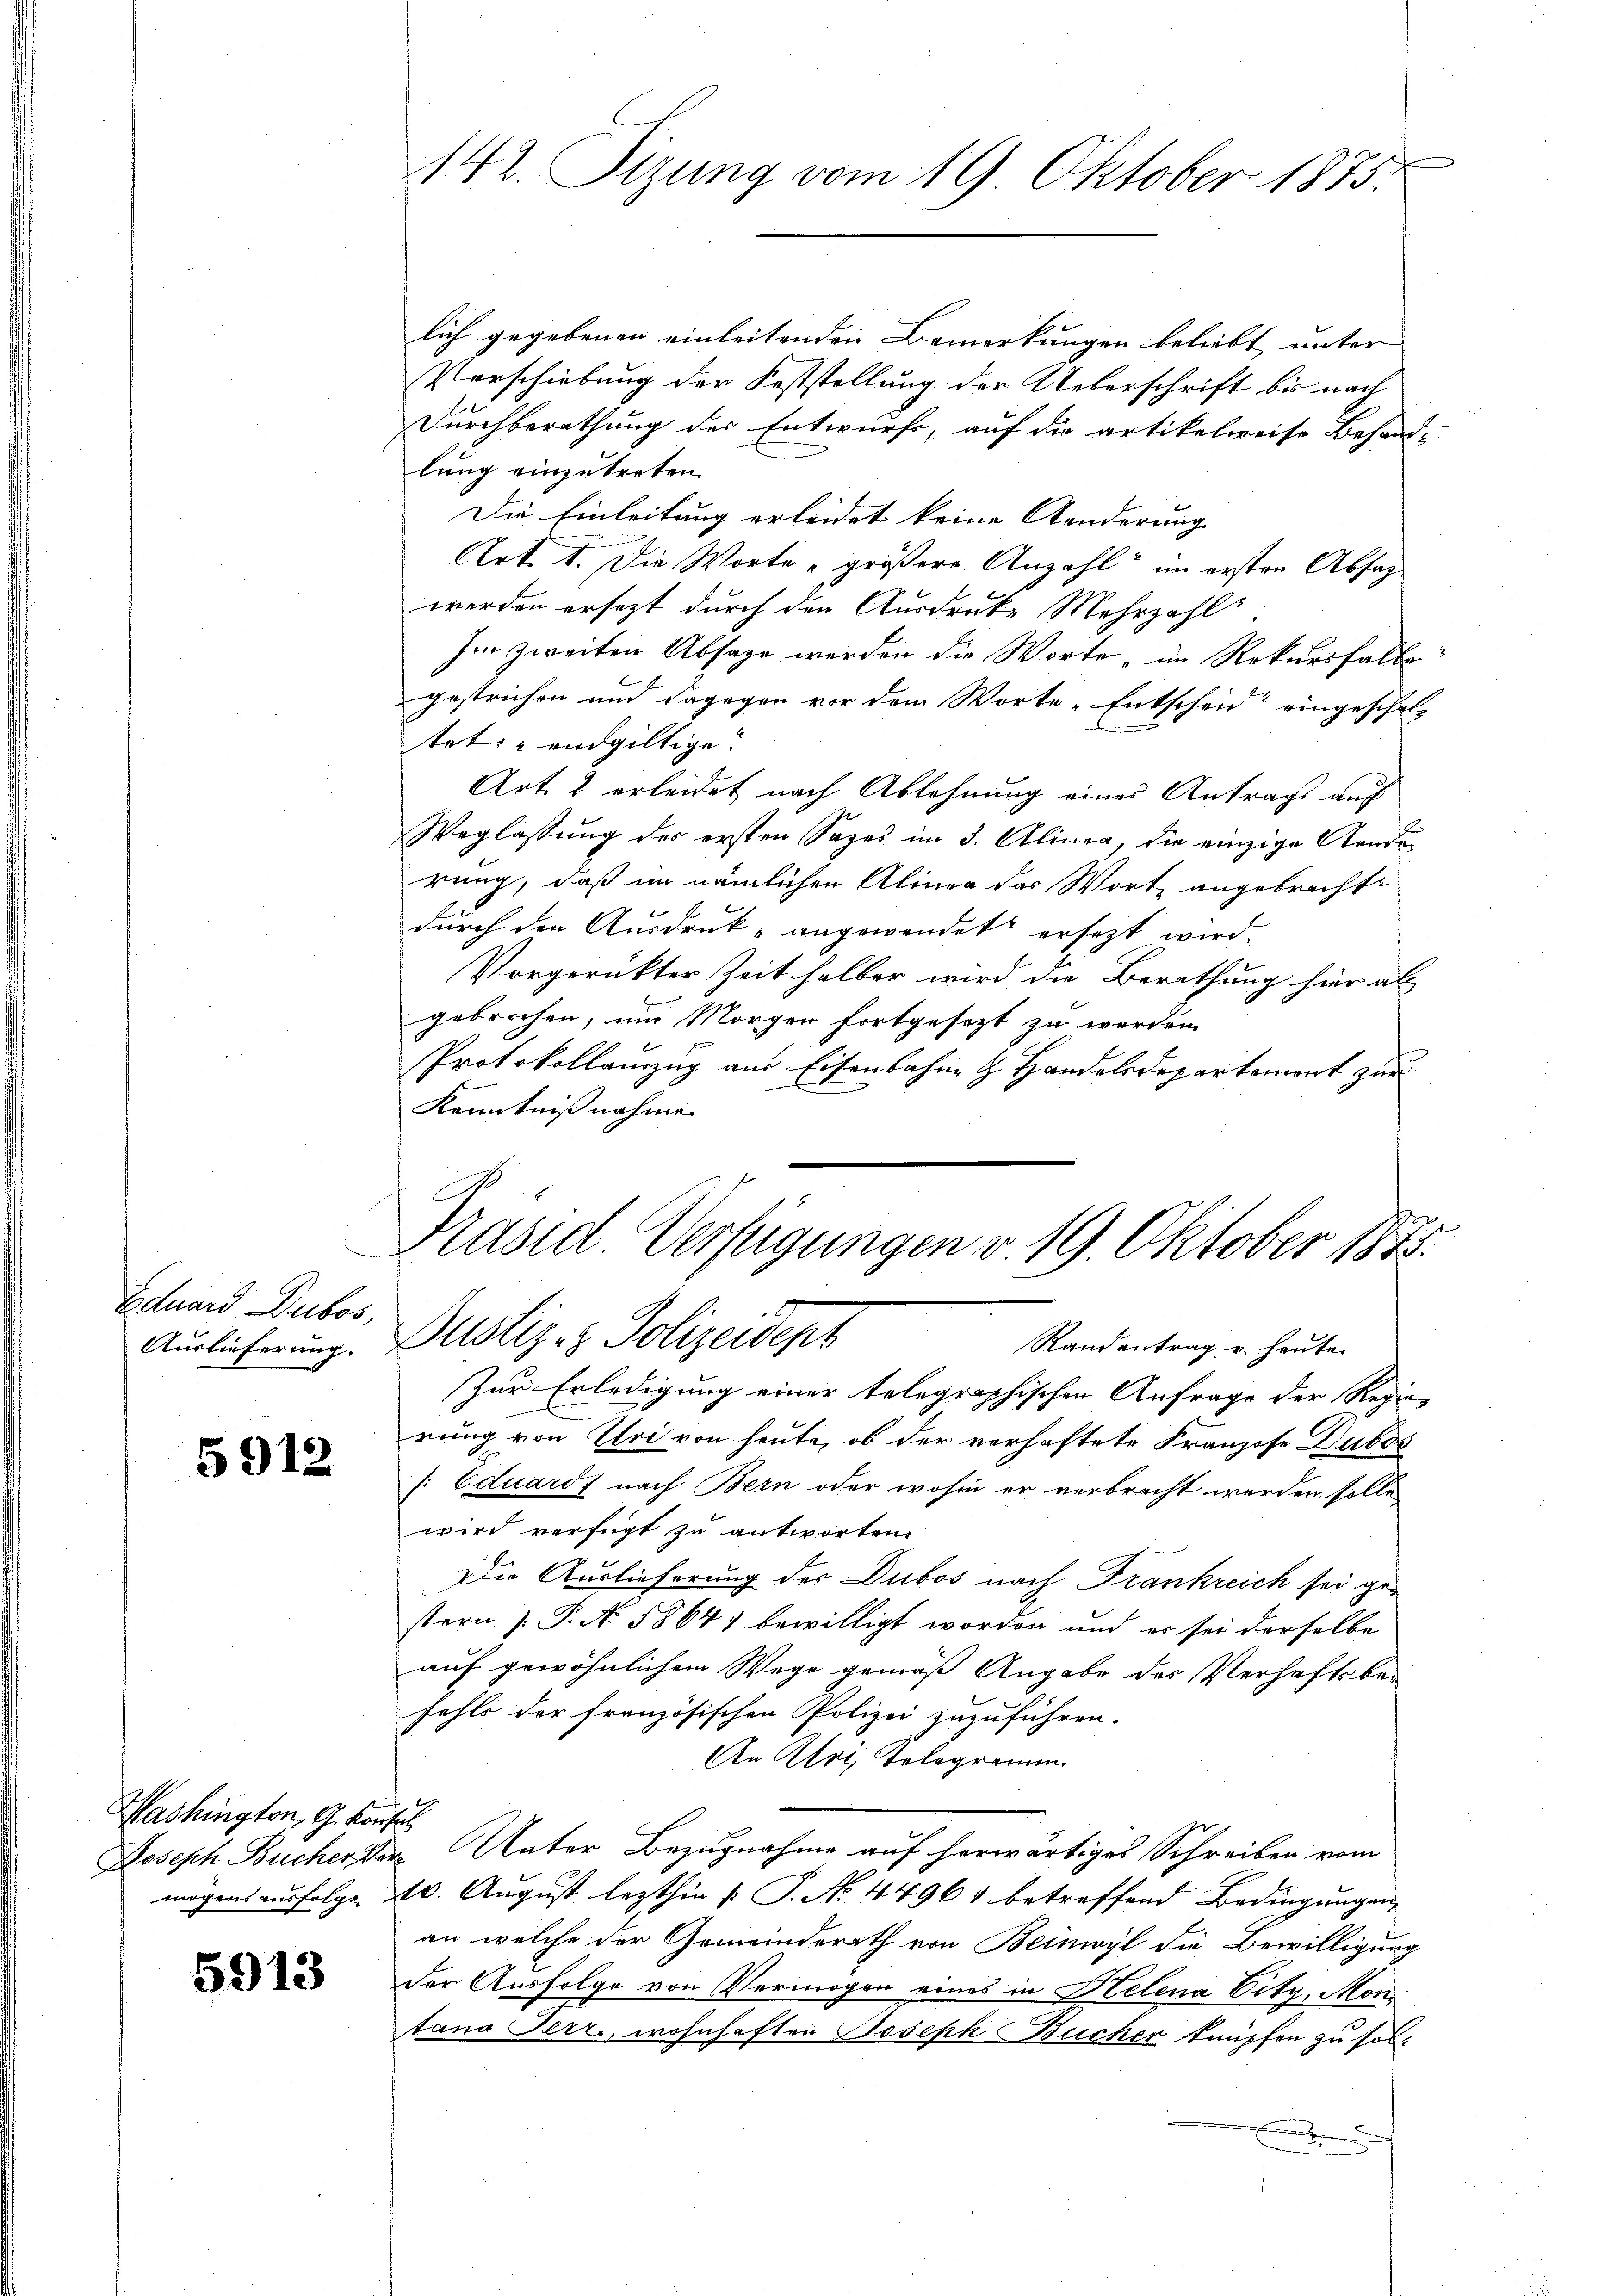
Eduard Dubos,
Auslieferung.

5912

Washington, G. Konsul
Joseph Bucher Ver

5913

142. Sizung vom 19. Oktober 1875.

lich gegebenen einleitenden Bemerkungen beliebt unter
Verschiebung der Feststellung der Ueberschrift bis nach
Durchberathung der Entwurfs, auf die artikelweise Behand-
lung einzutreten.
Die Einleitung erleidet keine Aenderung
Art 1. Die Worte „größere Anzahl im ersten Absag
werden ersezt durch den Ausdrucke Mehrzahl
hin zweiten Absage werden die Worte, im Rekurshalbe
gestrichen und dagegen vor dem Worte Entscheid eingeschei- |
tet & endgültige.
Art. 2 erleidet nach Ablehnung eines Antrags auf
Weglassung des ersten Sages im 3. Alinea, die einzige Stande
rung, daß im nämlichen Alinea das Wort angebrachte
durch den Ausdruck angewendet ersezt wird,
Vorgerückter Zeit halber wird die Berathung hier als
gebrochen, um Morgen fortgesezt zu werden.
Protokollauszug aus Eisenbahn & Handelsdepartemont zur
Kenntniß nahmen
-
Präsid. Verfügungen v. 19. Oktober 184
Pustiz- & Polizeident
Randantrag u. heute.
Zur Erledigung einer telegraphischen Anfrage der Regie-
rung von Uri von heute, ob der verhaftete Franzose Dubos
s: Eduardt nach Bern oder wohin er verbracht werden solle
wird verfügt zu antworten.
Die Auslieferung der Dubos nach Frankreich sei gestern P. No 5864) bewilligt worden und es sei derselbe
auf gewöhnlichem Wege gemäß Angabe des Verhaftsbe-
fahls der französischen Polizei zuzuführen.
An Uri, Telegramm.
 Unter Bezugnahme auf herwärtiges Schreiben vom
mögens ausfolge. 20. August lezthin u. P. No. 44961 betreffend Bedingungen
an welche der Gemeinderath von Beinwyl die Bewilligung
der Ausfolge von Vermögen eines in Helena Vitz, Montana Terr., wohnhaften Joseph Bucher knüpfen zu sol¬
.